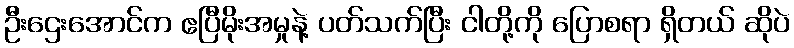
ဦးဌေးအောင်က ဧပြီမိုးအမှုနဲ့ ပတ်သက်ပြီး ငါတို့ကို ပြောစရာ ရှိတယ် ဆိုပဲ